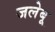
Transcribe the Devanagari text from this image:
जलेबू